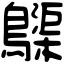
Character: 𪆫